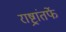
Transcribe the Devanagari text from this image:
राष्ट्रांतर्फे